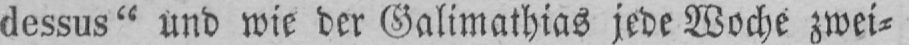
dessus” und wie der Galimathias jede Woche zwei⸗